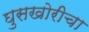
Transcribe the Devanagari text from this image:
घुसखोरीचा